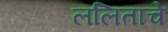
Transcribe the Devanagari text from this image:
ललिताचे